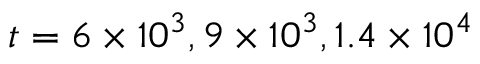
t = 6 \times 1 0 ^ { 3 } , 9 \times 1 0 ^ { 3 } , 1 . 4 \times 1 0 ^ { 4 }